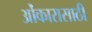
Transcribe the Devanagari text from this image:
ओंकारासाठी